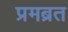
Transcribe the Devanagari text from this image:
प्रमब्रत